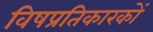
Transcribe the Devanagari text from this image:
विषप्रतिकारकों